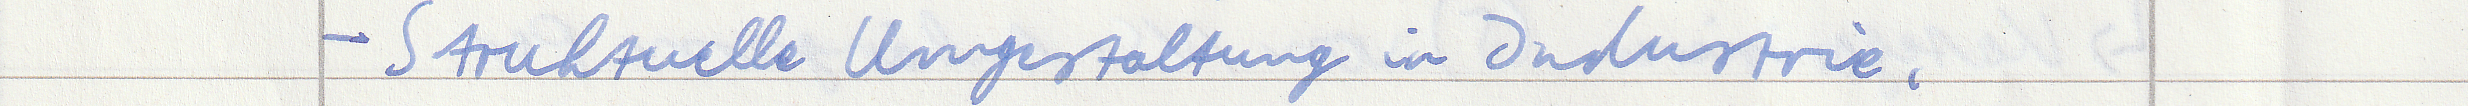
- Strukturelle Umgestaltung in Industrie,